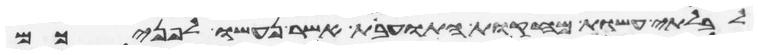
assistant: לבלתי עשות מחקות התועבות אשר נעשו לפניכם